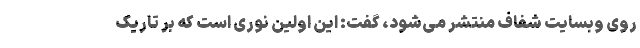
روی وبسایت شفاف منتشر می‌شود، گفت: این اولین نوری است که بر تاریک